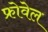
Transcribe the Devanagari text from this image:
फ्रोवेल